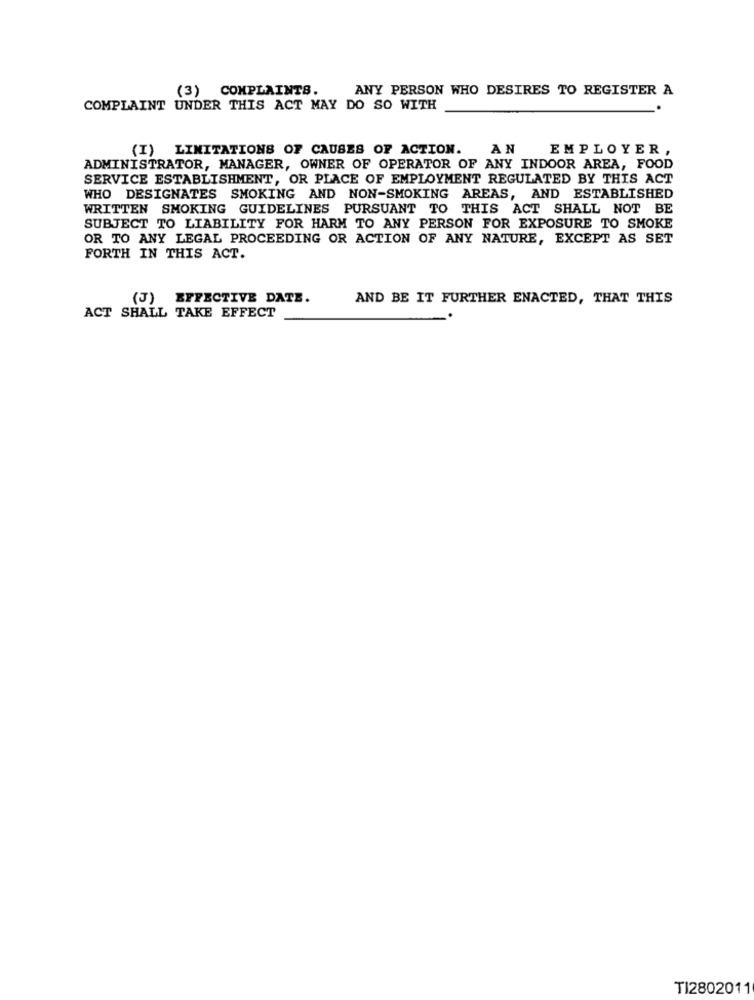
(3) COMPLAINTS.
ANY PERSON WHO DESIRES TO REGISTER A
COMPLAINT UNDER THIS ACT MAY DO SO WITH
(I) LIMITATIONS OF CAUSES OF ACTION.
AN
EMPLOYER,
ADMINISTRATOR, MANAGER, OWNER OF OPERATOR OF ANY INDOOR AREA, FOOD
SERVICE ESTABLISHMENT, OR PLACE OF EMPLOYMENT REGULATED BY THIS ACT
WHO DESIGNATES SMOKING AND NON-SMOKING AREAS, AND ESTABLISHED
WRITTEN SMOKING GUIDELINES PURSUANT TO THIS ACT SHALL NOT BE
SUBJECT TO LIABILITY FOR HARM TO ANY PERSON FOR EXPOSURE TO SMOKE
OR TO ANY LEGAL PROCEEDING OR ACTION OF ANY NATURE, EXCEPT AS SET
FORTH IN THIS ACT.
(J) EFFECTIVE DATE.
AND BE IT FURTHER ENACTED, THAT THIS
ACT SHALL TAKE EFFECT
TI2802011